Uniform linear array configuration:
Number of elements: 8
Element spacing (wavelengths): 1
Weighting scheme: binomial
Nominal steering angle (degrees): -15
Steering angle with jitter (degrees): -15.368
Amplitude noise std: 0.05
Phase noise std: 0.05

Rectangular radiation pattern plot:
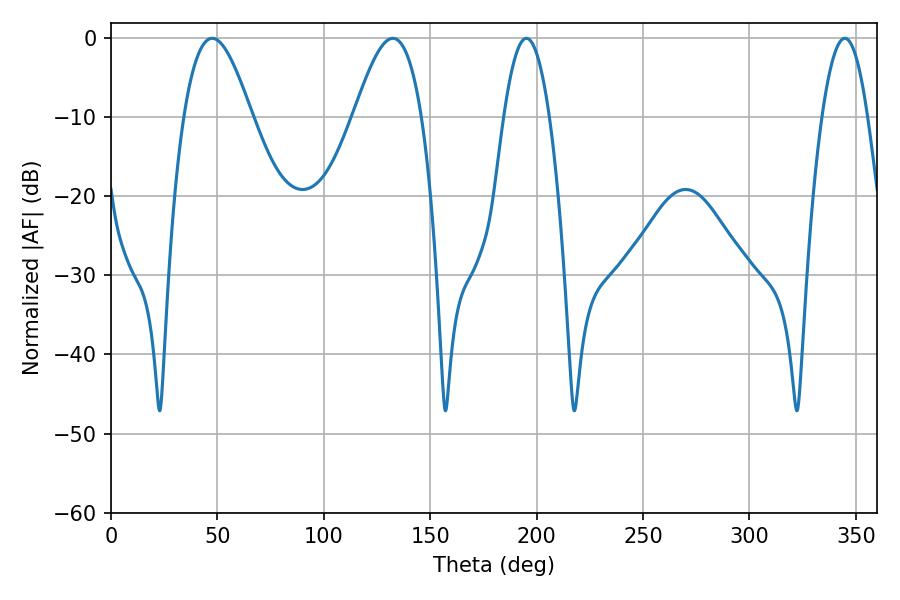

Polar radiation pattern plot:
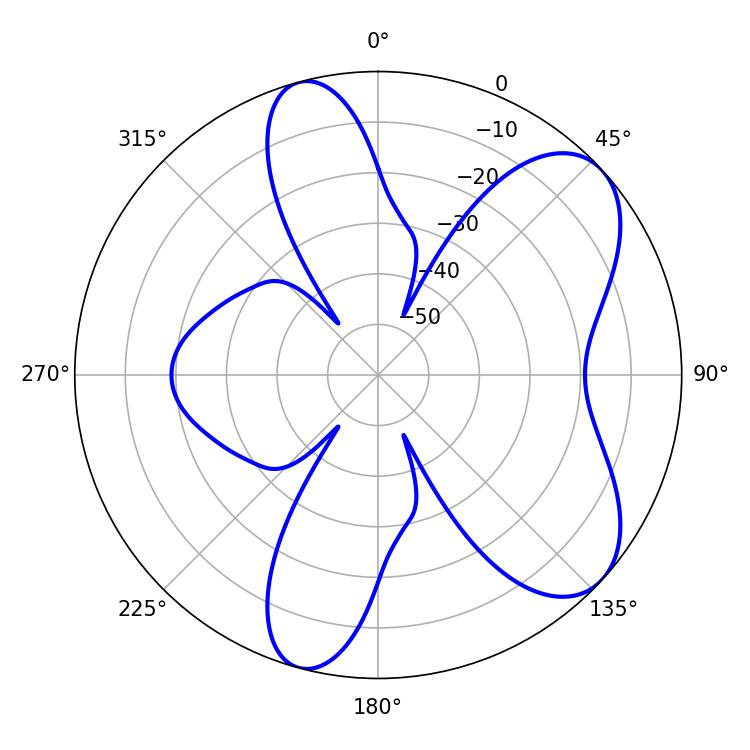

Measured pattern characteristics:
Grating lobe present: TRUE
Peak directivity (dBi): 7.2
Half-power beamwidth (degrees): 17.1
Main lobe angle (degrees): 47.52